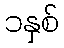
၁နှစ်